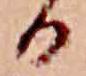
る